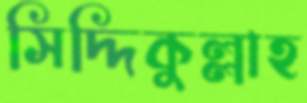
সিদ্দিকুল্লাহ